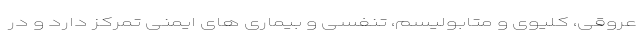
عروقی، کلیوی و متابولیسم، تنفسی و بیماری های ایمنی تمرکز دارد و در